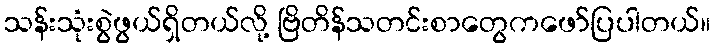
သန်းသုံးစွဲဖွယ်ရှိတယ်လို့ ဗြိတိန်သတင်းစာတွေကဖော်ပြပါတယ်။